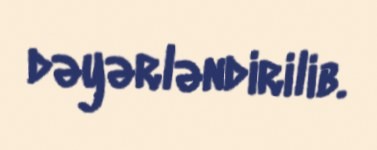
dəyərləndirilib.